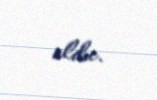
oldu.